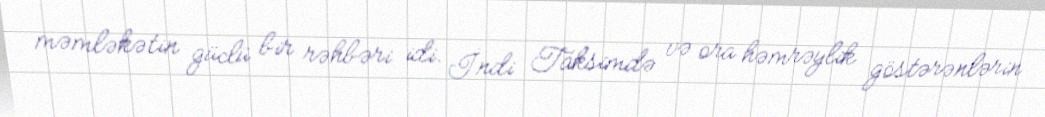
məmləkətin güclü bir rəhbəri idi. İndi Taksimdə və ora həmrəylik göstərənlərin